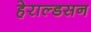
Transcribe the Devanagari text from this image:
हेराल्डसन